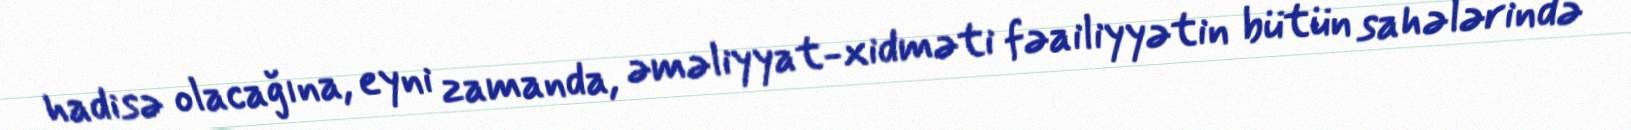
hadisə olacağına, eyni zamanda, əməliyyat-xidməti fəailiyyətin bütün sahələrində